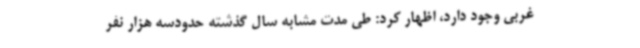
غربی وجود دارد، اظهار کرد: طی مدت مشابه سال گذشته حدودسه هزار نفر